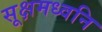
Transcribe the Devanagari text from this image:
सूक्षमध्वनि